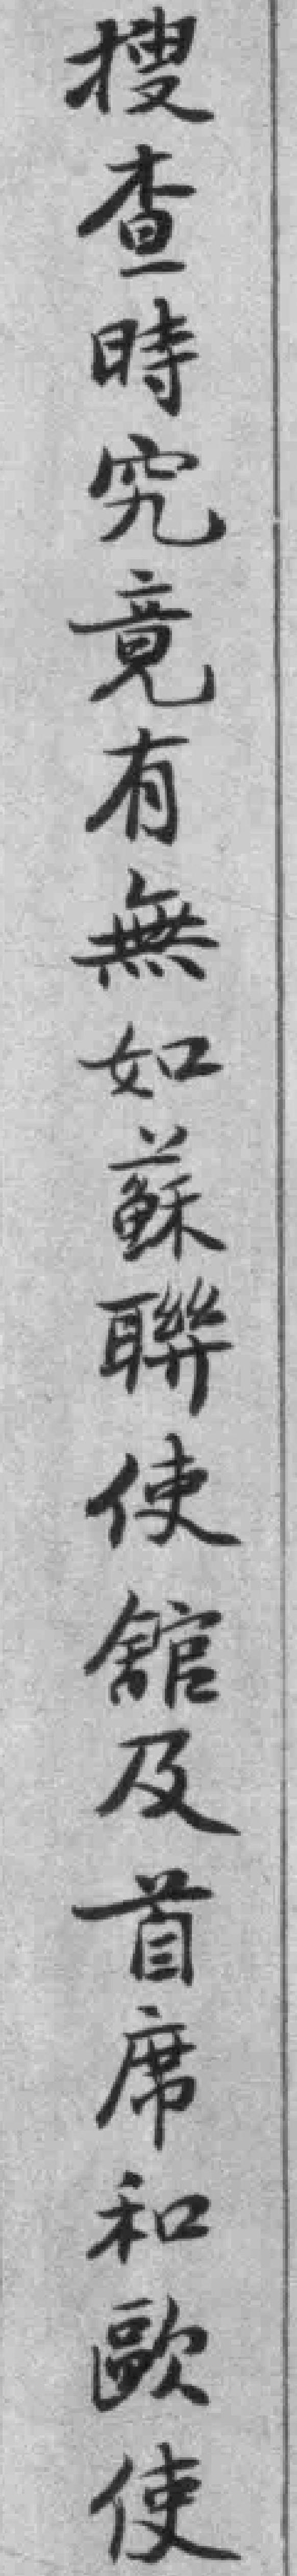
搜查時究竟有無如蘇聯使舘及首席和歐使